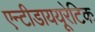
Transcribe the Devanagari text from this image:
एन्टीडाययूरेटिक